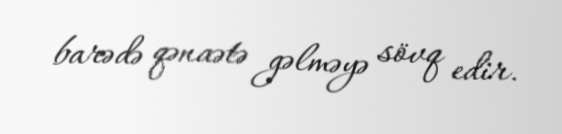
barədə qənaətə gəlməyə sövq edir.